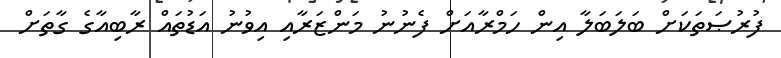
ފުރުޞަތަކަށް ބަލަބަލާ އިން ހަމްރާއަށް ފެނުނު މަންޒަރާއި އިވުނު އަޑުތައް ރާބިއާގެ ގާތަށް